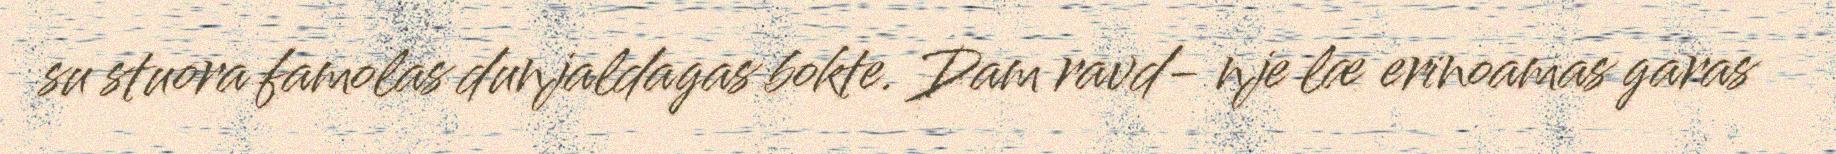
su stuora famolas dunjaldagas bokte. Dam ravd- nje læ erinoamas garas